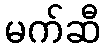
မက်ဆီ